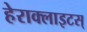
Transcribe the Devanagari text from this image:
हेराक्लाइटस्